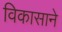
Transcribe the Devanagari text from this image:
विकासाने